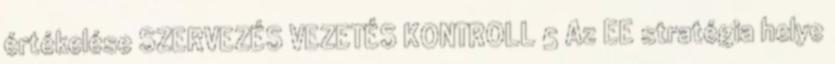
értékelése SZERVEZÉS VEZETÉS KONTROLL 5 Az EE stratégia helye